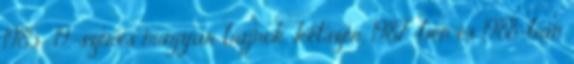
1985 , 19-szeres magyar bajnok, kétszer, 1987-ben és 1988-ban